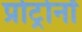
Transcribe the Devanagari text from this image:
प्रोट्रोनों